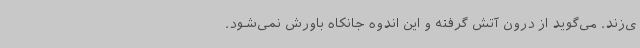
ی‌زند. می‌گوید از درون آتش گرفته و این اندوه جانکاه باورش نمی‌شود.